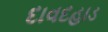
દાવદહાડ